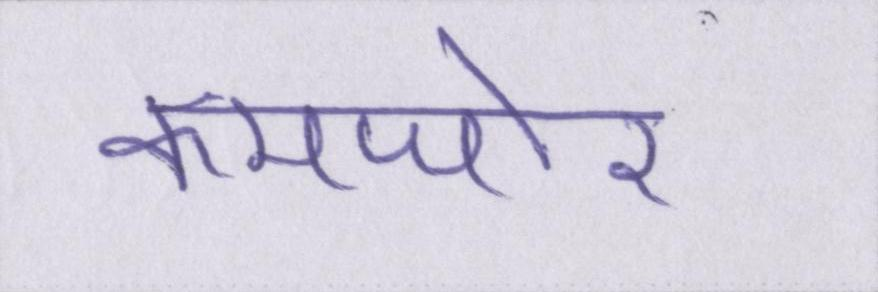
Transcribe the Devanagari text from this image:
कमजोर